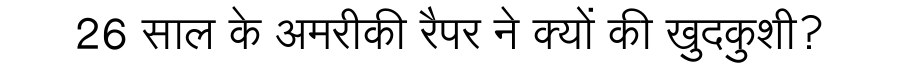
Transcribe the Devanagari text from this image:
26 साल के अमरीकी रैपर ने क्यों की खुदकुशी?